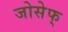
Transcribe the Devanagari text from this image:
जोसेफ्